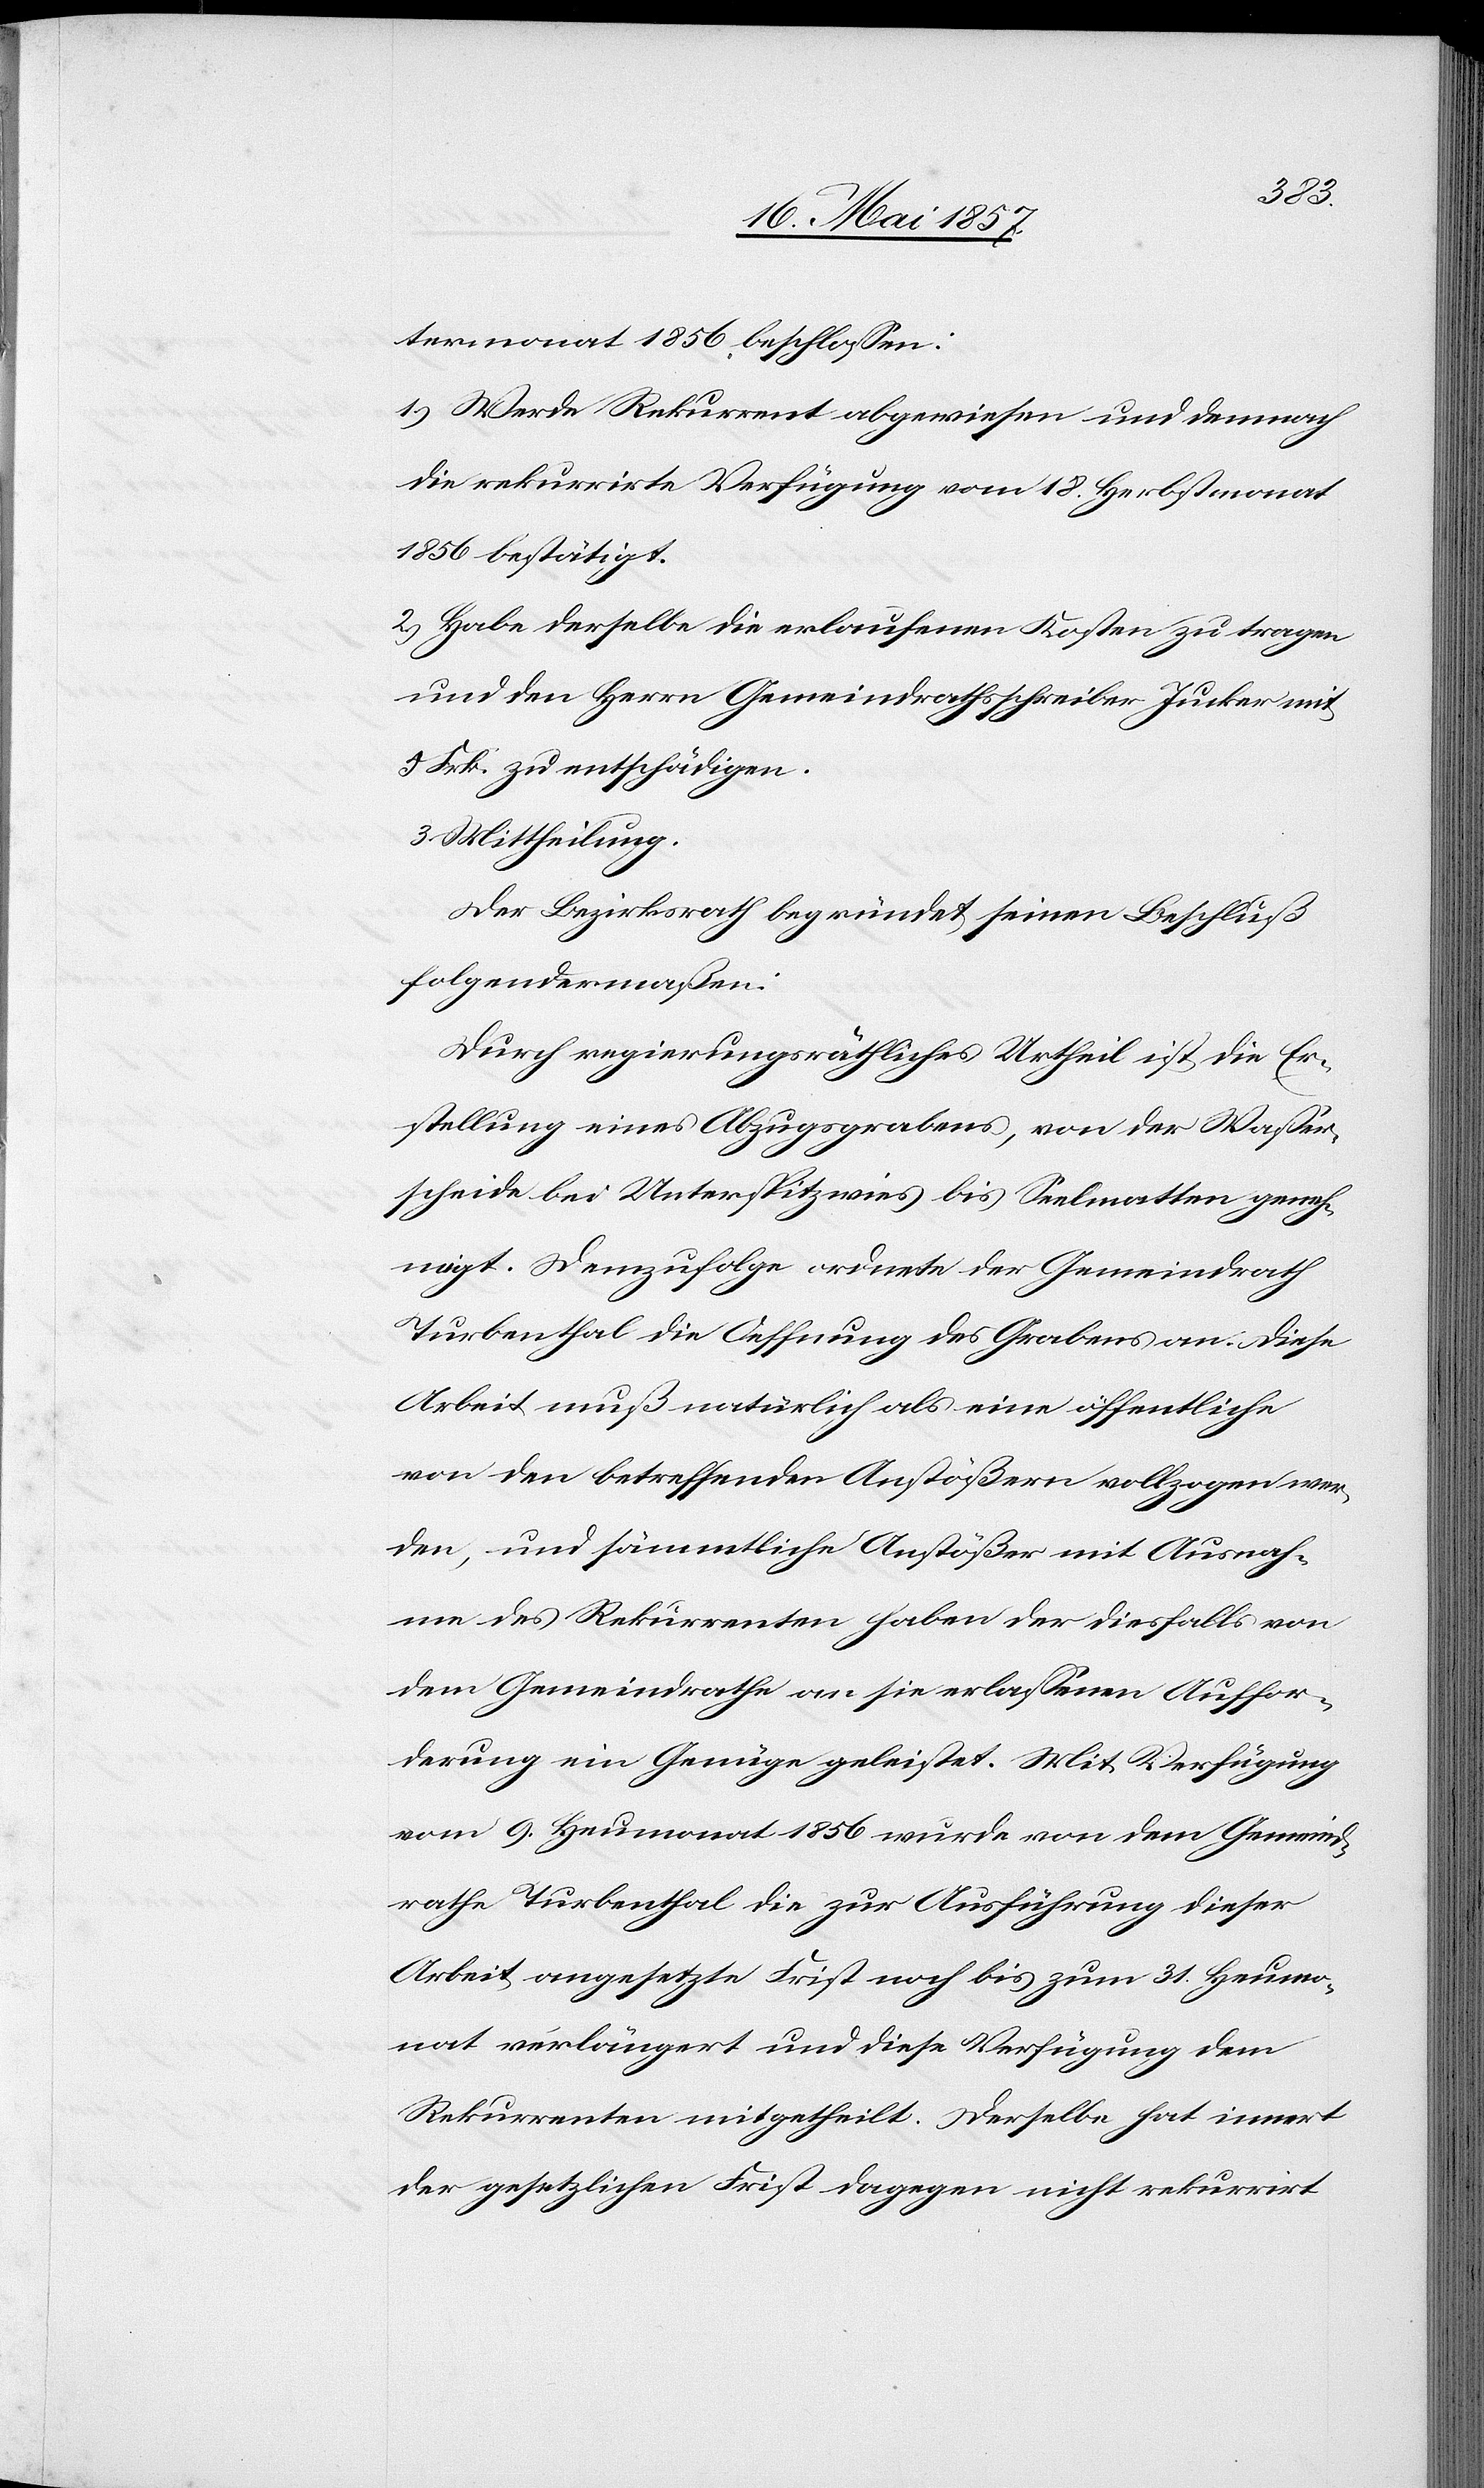
termonat 1856 beschlossen:
1.) Werde Rekurrent abgewiesen und demnach
die rekurrirte Verfügung von 18 Heumonat
1856 bestätigt.
2.) Habe derselbe die erlaufenen Kosten zu tragen
und den Herrn Gemeindrathsschreiber Jucker mit
9 Frk. zu entschädigen.
3.) Mittheilung.
Der Bezirksrath begründet seinen Beschluß
folgendermaßen:
Durch regierungsräthliches Urtheil ist die Er¬
stellung eines Abzugsgrabens, von der Wasser¬
scheide bei Unterspitzwies bis Seelmatten geneh¬
migt. Demzufolge ordnete der Gemeindrath
Turbenthal die Oeffnung des Grabens an. Diese
Arbeit muß natürlich als eine öffentliche
von den betreffenden Anstößern vollzogen wer¬
den, und sämmtliche Anstößer mit Ausnah¬
me des Rekurrenten haben der diesfalls von
dem Gemeindrathe an sie erlassenen Auffor¬
derung ein Genüge geleistet. Mit Verfügung
vom 9 Heumonat 1856 wurde von dem Gemeind¬
rathe Turbenthal die zur Ausführung dieser
Arbeit angesetzte Frist noch bis zum 31 Heumo¬
nat verlängert und diese Verfügung dem
Rekurrenten mitgetheilt. Derselbe hat innert
der gesetzlichen Frist dagegen nicht rekurrirt